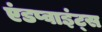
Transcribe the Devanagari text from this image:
एंडप्वाइंट्स